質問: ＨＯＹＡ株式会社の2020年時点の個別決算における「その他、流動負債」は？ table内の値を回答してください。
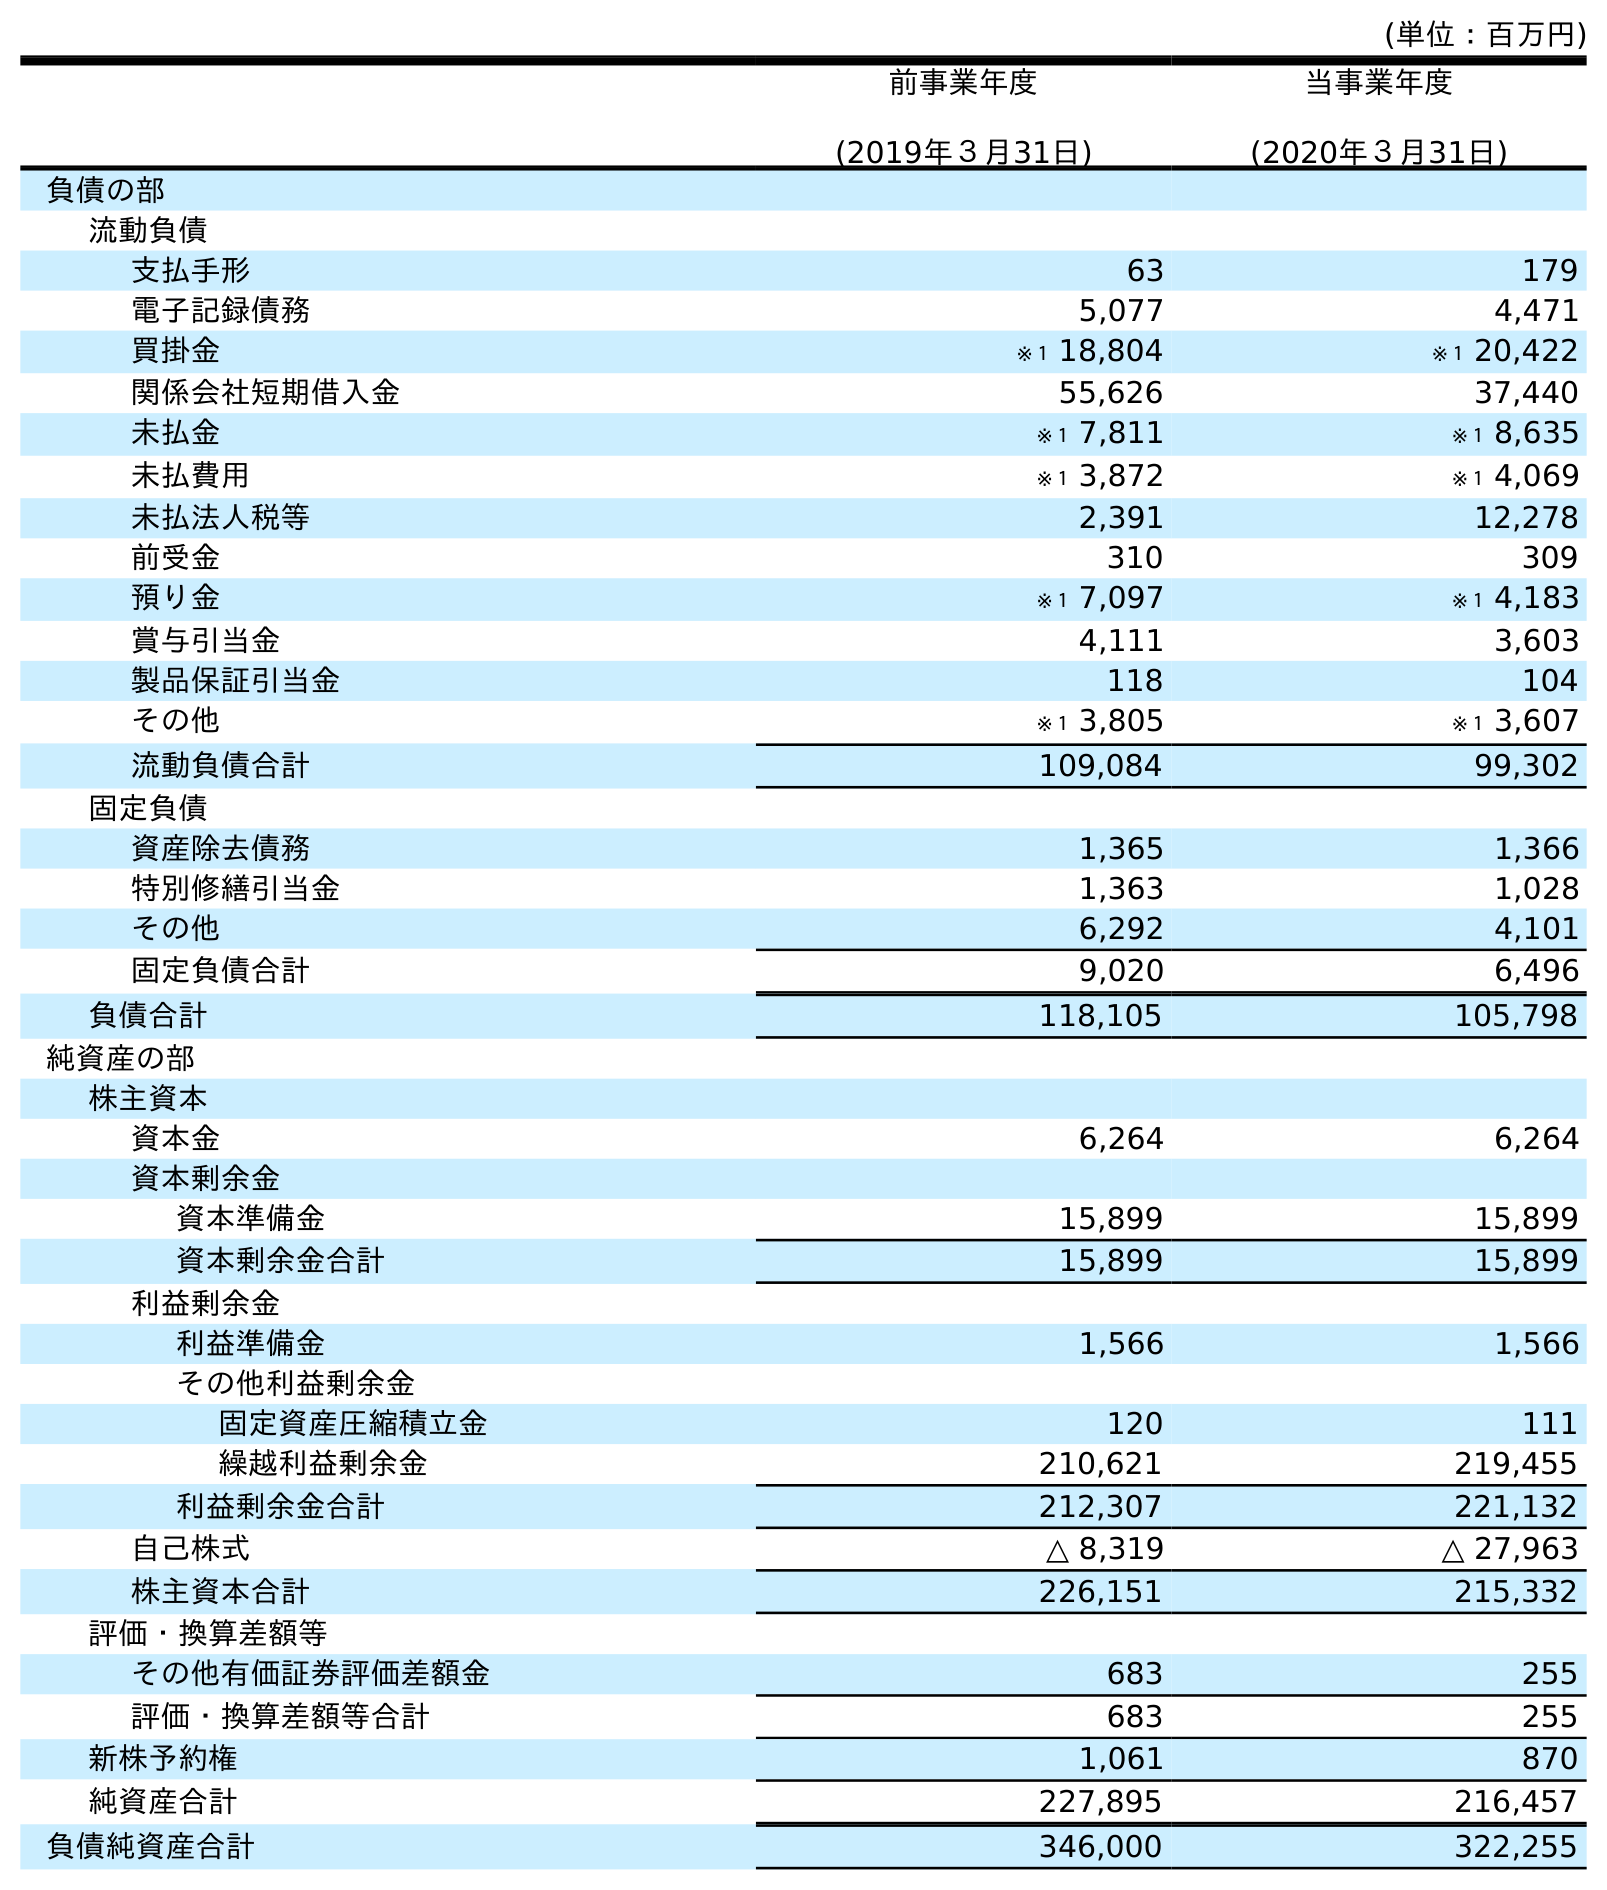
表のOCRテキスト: (単位：百万円) 前事業年度 (2019年３月31日) 当事業年度 (2020年３月31日) 負債の部 流動負債 支払手形 63 179 電子記録債務 5,077 4,471 買掛金 ※１ 18,804 ※１ 20,422 関係会社短期借入金 55,626 37,440 未払金 ※１ 7,811 ※１ 8,635 未払費用 ※１ 3,872 ※１ 4,069 未払法人税等 2,391 12,278 前受金 310 309 預り金 ※１ 7,097 ※１ 4,183 賞与引当金 4,111 3,603 製品保証引当金 118 104 その他 ※１ 3,805 ※１ 3,607 流動負債合計 109,084 99,302 固定負債 資産除去債務 1,365 1,366 特別修繕引当金 1,363 1,028 その他 6,292 4,101 固定負債合計 9,020 6,496 負債合計 118,105 105,798 純資産の部 株主資本 資本金 6,264 6,264 資本剰余金 資本準備金 15,899 15,899 資本剰余金合計 15,899 15,899 利益剰余金 利益準備金 1,566 1,566 その他利益剰余金 固定資産圧縮積立金 120 111 繰越利益剰余金 210,621 219,455 利益剰余金合計 212,307 221,132 自己株式 △ 8,319 △ 27,963 株主資本合計 226,151 215,332 評価・換算差額等 その他有価証券評価差額金 683 255 評価・換算差額等合計 683 255 新株予約権 1,061 870 純資産合計 227,895 216,457 負債純資産合計 346,000 322,255
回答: ※１3,607